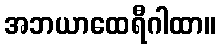
အဘယာထေရီဂါထာ။